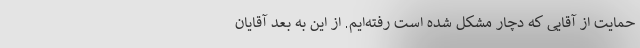
حمایت از آقایی که دچار مشکل شده است رفته‌ایم. از این به بعد آقایان